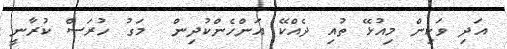
އަދި ވަކިން މިއުޅޭ ތުއި ދެއްކޭ އަންހެންކުދިން  މަގު ހުރަސް ކުރާނީ